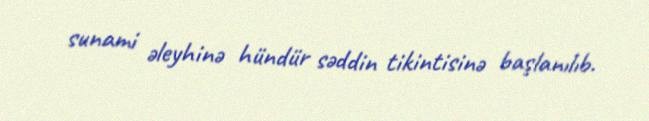
sunami əleyhinə hündür səddin tikintisinə başlanılıb.